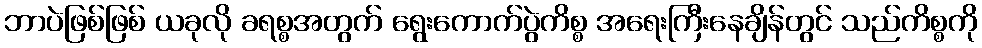
ဘာပဲဖြစ်ဖြစ် ယခုလို ခရစ္စအတွက် ရွေးကောက်ပွဲကိစ္စ အရေးကြီးနေချိန်တွင် သည်ကိစ္စကို